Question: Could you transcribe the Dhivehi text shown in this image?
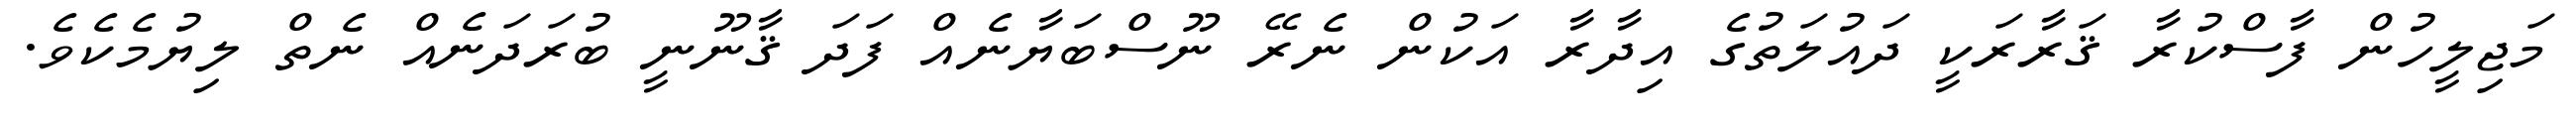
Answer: މަޖިލީހުން ފާސްކުރާ ޤަރާރަކީ ދައުލަތުގެ އިދާރާ އަކުން ނެރޭ ނޫސްބަޔާނެއް ފަދަ ޤާނޫނީ ބުރަދަނެއް ނެތް ލިޔުމެކެވެ.